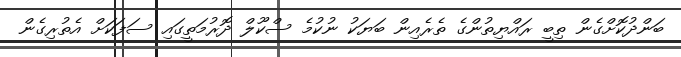
ބަންދުކޮށްގެން ތިބީ ރައްޔިތުންގެ ތެރެއިން ބަޔަކު ނުކުމެ ސްކޫލް ދޮރުމަތީގައި ސަފަކަށް އެތުރިގެން